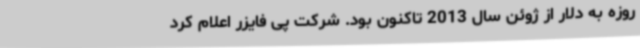
روزه به دلار از ژوئن سال 2013 تاکنون بود. شرکت پی فایزر اعلام کرد